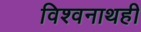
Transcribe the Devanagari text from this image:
विश्वनाथही